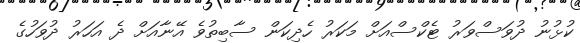
ކުޅުނު ދުވަސްވަރު ޓެކްސްއަށް މަކަރު ހެދިކަން ސާބިތުވެ އޭނާއަށް ދެ އަހަރު ދުވަހުގެ